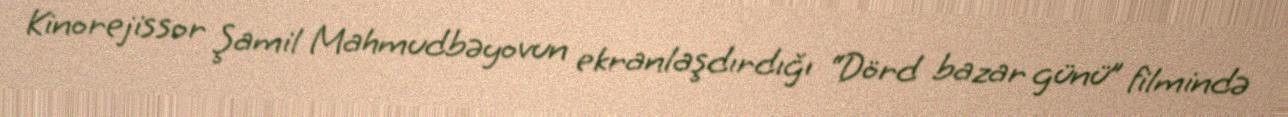
Kinorejissor Şamil Mahmudbəyovun ekranlaşdırdığı “Dörd bazar günü” filmində